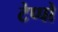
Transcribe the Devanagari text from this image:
टेप्पो